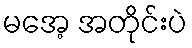
မအေ့ အတိုင်းပဲ